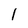
Character: l